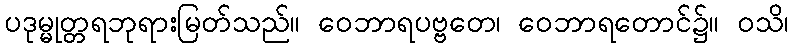
ပဒုမ္မုတ္တရဘုရားမြတ်သည်။ ဝေဘာရပဗ္ဗတေ၊ ဝေဘာရတောင်၌။ ဝသိ၊